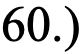
60.)